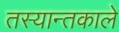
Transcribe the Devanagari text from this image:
तस्यान्तकाले